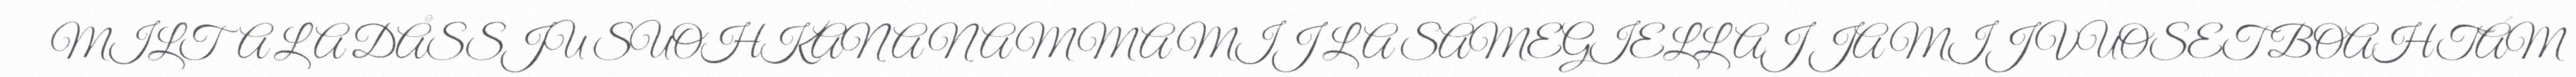
MILTA LA DÅSSJU SUOHKANA NAMMA MIJ LA SÁMEGIELLAJ JA MIJ VUOSET BOAHTÁM